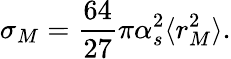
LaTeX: \sigma_{M}=\frac{64}{27}\pi\alpha_{s}^{2}\langle{r_{M}^{2}}\rangle.